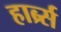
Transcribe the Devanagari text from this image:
हार्ब्र्स